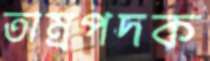
তাম্রপদক